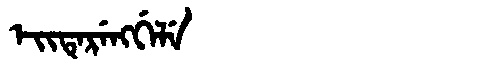
Manchu: ᡝᡳᡨᡝᡵᡝᠩᡤᡝᠯᡝ
Romanization: EITERENGGELE